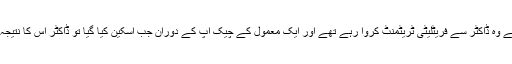
بچے کی خواہش کے لیے وہ ڈاکٹر سے فریٹلیٹی ٹریٹمنٹ کروا رہے تھے اور ایک معمول کے چیک اپ کے دوران جب اسکین کیا گیا تو ڈاکٹر اس کا نتیجہ دیکھ کر دنگ رہ گئے۔